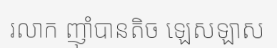
រលាក ញ៉ាំបានតិច ឡេសឡាស